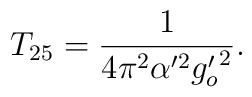
T_{25} = \frac{1}{4 \pi^2 \alpha'^2 {g'_o}^2 }.